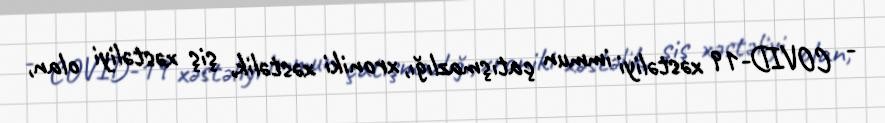
- COVID-19 xəstəliyi immun çatışmazlığı, xroniki xəstəlik, şiş xəstəliyi olan,